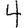
Digit: 4